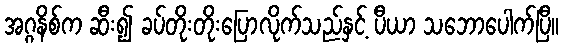
အဂ္ဂနိစ်က ဆီး၍ ခပ်တိုးတိုးပြောလိုက်သည်နှင့် ပီယာ သဘောပေါက်ပြီ။